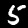
Label: 5